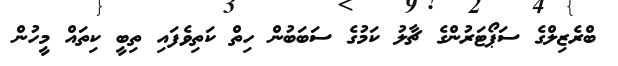
ބްރެޒިލްގެ ސަޕޯޓަރުންގެ ޗާލު ކަމުގެ ސަބަބުން ހިތް ކަތިވެފައި ތިބީ ކިތައް މީހުން